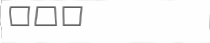
٢١٢